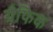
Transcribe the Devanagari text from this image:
ग्रैफिक